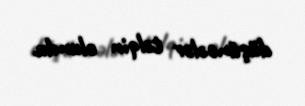
düşüncələr təlqin olundu.